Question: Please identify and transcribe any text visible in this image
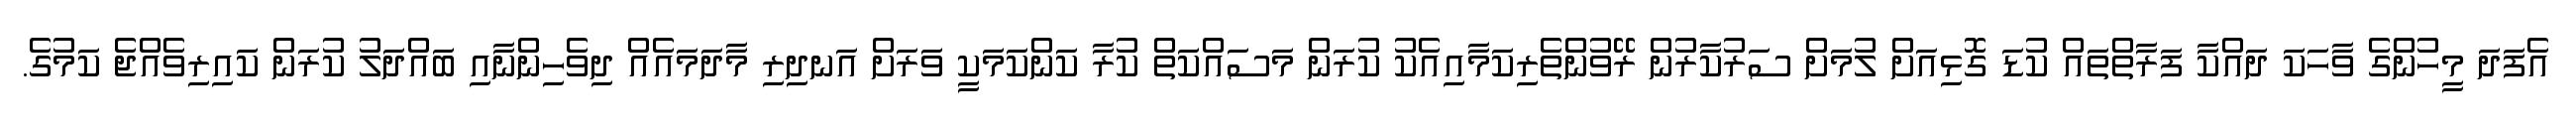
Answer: އެފަދަ މީހުންގެ ވާހަކަ ދައްކާ ފަރާތްތައް ކުޑަ ގޮޅިއަށް ލުމަށް ސަރުކާރުން ރޭވުންތެރިކަމާއިއެކު ކުރަން މަސައްކަތް ކުރާ ކަންކަމަކީ ވަރަށް އަނދިރި މާދަމައެއް ދިވެހިންނާއި ބައްދަލު ކުރަން ކައިރިވެއްޖެ ކަމުގެ.